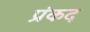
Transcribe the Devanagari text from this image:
प्रंकद